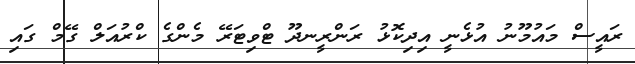
ރައީސް މައުމޫނު އުޅެނީ އިދިކޮޅު ރަންރީނދޫ ޓްވިޓަރޭ މެންގެ ކްރުއަލް ގޭމް ގައި